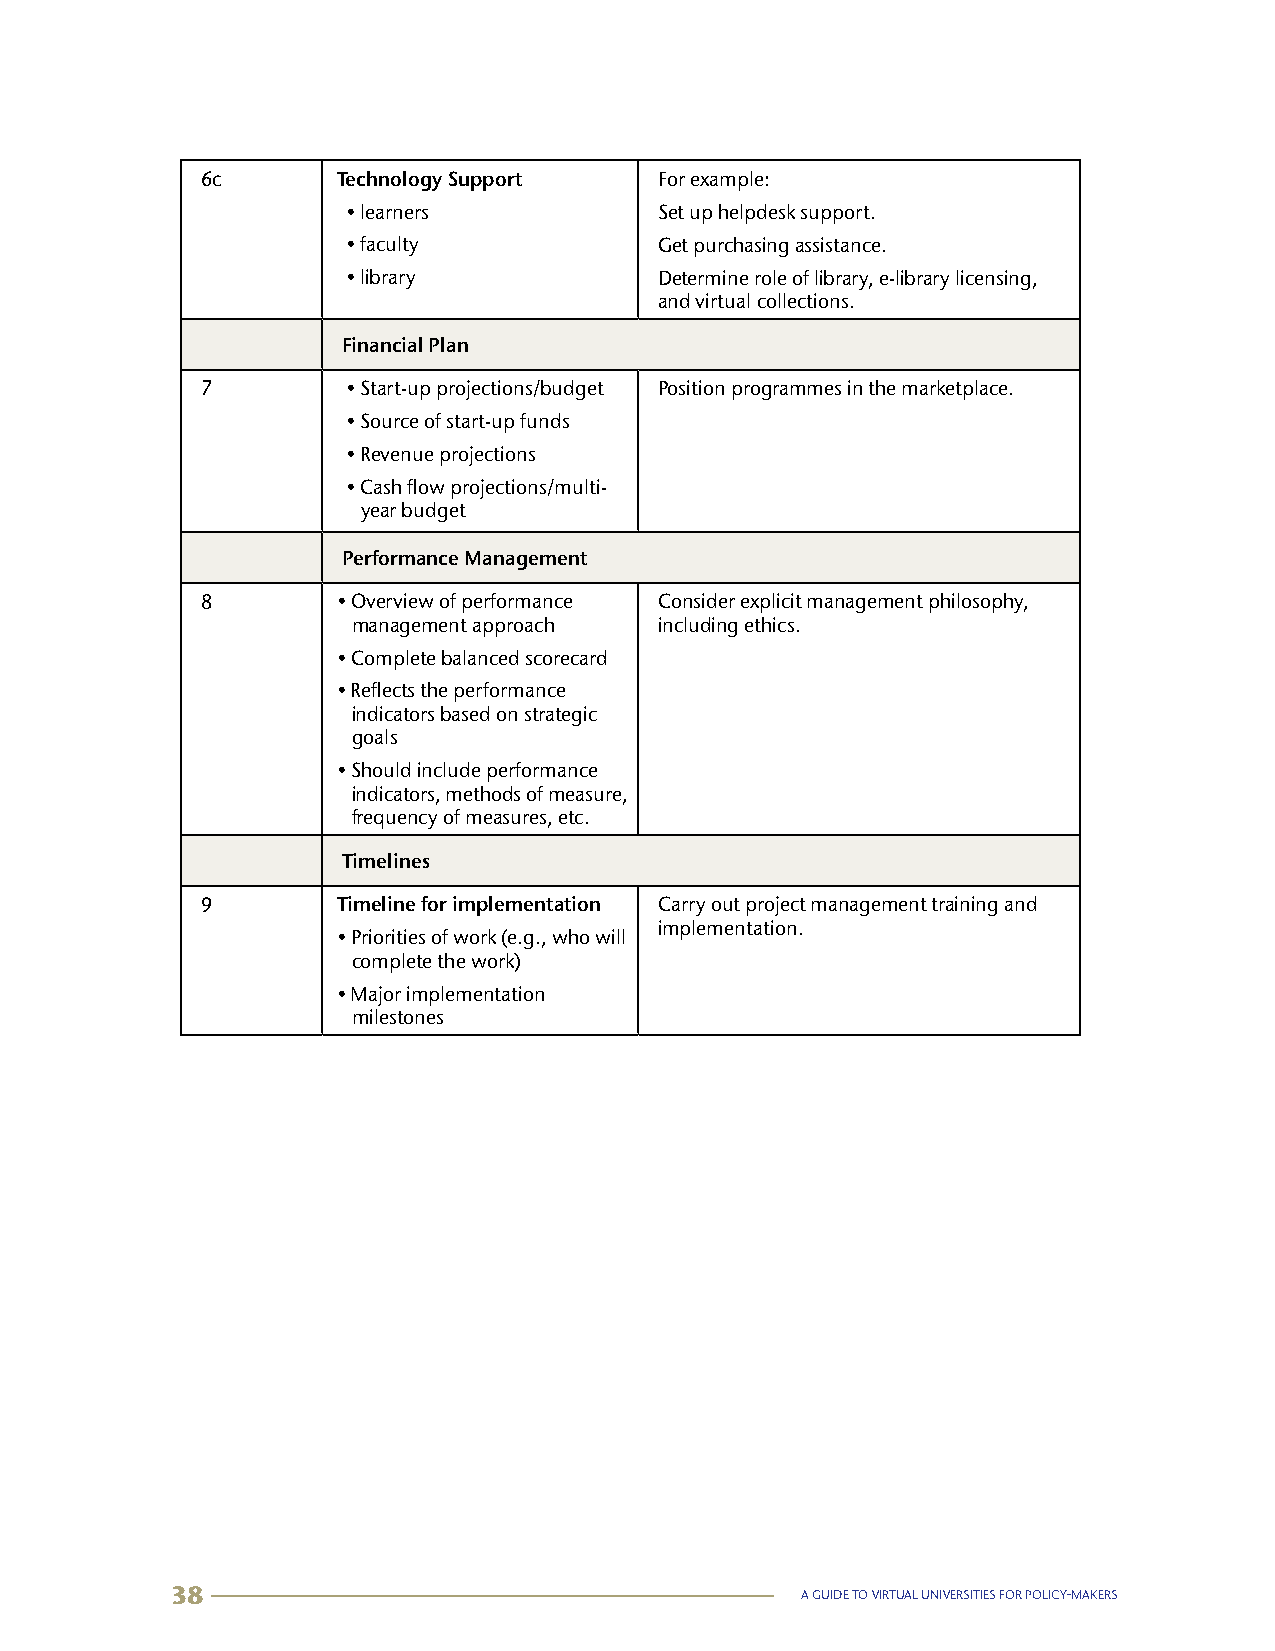
6c       Technology Support    For example:
 • learners           Set up helpdesk support.
 • faculty            Get purchasing assistance.
 • library            Determine role of library, e-library licensing,
 and virtual collections.
 Financial Plan
 7         • Start-up projections/budget Position programmes in the marketplace.
 • Source of start-up funds
 • Revenue projections
 • Cash flow projections/multi-
 year budget
 Performance Management
 8        • Overview of performance Consider explicit management philosophy,
 management approach  including ethics.
 • Complete balanced scorecard
 • Reflects the performance
 indicators based on strategic
 goals
 • Should include performance
 indicators, methods of measure,
 frequency of measures, etc.
 Timelines
 9        Timeline for implementation Carry out project management training and
 implementation.
 • Priorities of work (e.g., who will
 complete the work)
 • Major implementation
 milestones
 38                                        A GUIDE TO VIRTUAL UNIVERSITIES FOR POLICY-MAKERS